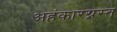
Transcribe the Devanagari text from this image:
अहंकारग्रस्त